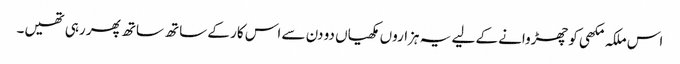
اس ملکہ مکھی کو چھڑوانے کے لیے یہ ہزاروں مکھیاں دو دن سے اس کار کے ساتھ ساتھ پھر رہی تھیں۔